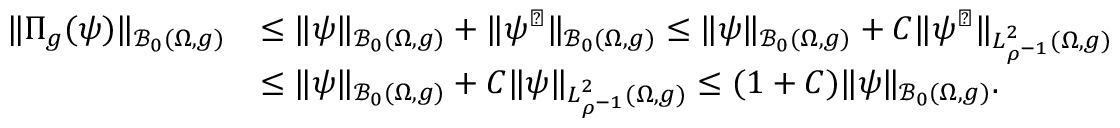
\begin{array} { r l } { \| \Pi _ { g } ( \psi ) \| _ { \mathcal B _ { 0 } ( \Omega , g ) } } & { \leq \| \psi \| _ { \mathcal B _ { 0 } ( \Omega , g ) } + \| \psi ^ { \perp } \| _ { \mathcal B _ { 0 } ( \Omega , g ) } \leq \| \psi \| _ { \mathcal B _ { 0 } ( \Omega , g ) } + C \| \psi ^ { \perp } \| _ { L _ { \rho ^ { - 1 } } ^ { 2 } ( \Omega , g ) } } \\ & { \leq \| \psi \| _ { \mathcal B _ { 0 } ( \Omega , g ) } + C \| \psi \| _ { L _ { \rho ^ { - 1 } } ^ { 2 } ( \Omega , g ) } \leq ( 1 + C ) \| \psi \| _ { \mathcal B _ { 0 } ( \Omega , g ) } . } \end{array}